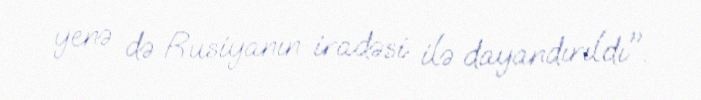
yenə də Rusiyanın iradəsi ilə dayandırıldı".